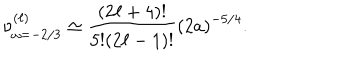
\nu _ { \omega = - 2 / 3 } ^ { ( \ell ) } \simeq \frac { ( 2 \ell + 4 ) ! } { 5 ! ( 2 \ell - 1 ) ! } \left( 2 a \right) ^ { - 5 / 4 } .